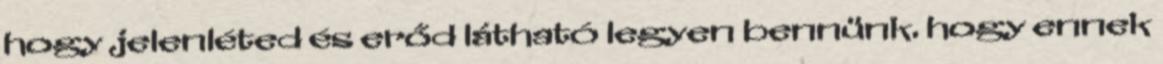
hogy jelenléted és erőd látható legyen bennünk. hogy ennek